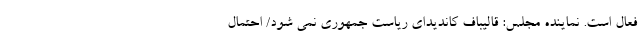
فعال است. نماینده مجلس: قالیباف کاندیدای ریاست جمهوری نمی شود/ احتمال